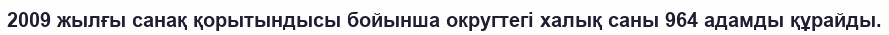
2009 жылғы санақ қорытындысы бойынша округтегі халық саны 964 адамды құрайды.